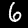
Label: 6